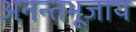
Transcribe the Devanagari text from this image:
अनन्तभूजाय